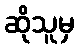
ဆိုသူမှ